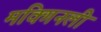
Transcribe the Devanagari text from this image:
मक्गिनली